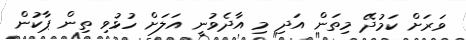
ވަރަށް ކަމުދޭ މިތަން އަދި މި އާދެވުނީ އަލަށް ހުޅުވި ތިން ޕާކުން